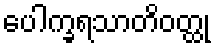
ပေါက္ခရသာတိဝတ္ထု